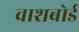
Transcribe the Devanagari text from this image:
वाशबोर्ड